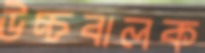
উচ্চবালক